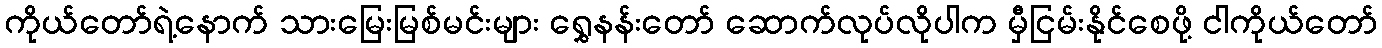
ကိုယ်တော်ရဲ့နောက် သားမြေးမြစ်မင်းများ ရွှေနန်းတော် ဆောက်လုပ်လိုပါက မှီငြမ်းနိုင်စေဖို့ ငါကိုယ်တော်